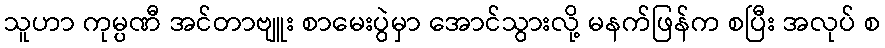
သူဟာ ကုမ္ပဏီ အင်တာဗျူး စာမေးပွဲမှာ အောင်သွားလို့ မနက်ဖြန်က စပြီး အလုပ် စ